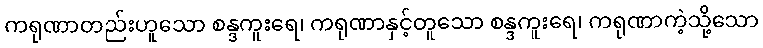
ကရုဏာတည်းဟူသော စန္ဒကူးရေ၊ ကရုဏာနှင့်တူသော စန္ဒကူးရေ၊ ကရုဏာကဲ့သို့သော